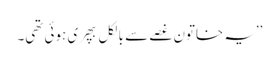
’’یہ خاتون غصے سے بالکل بپھری ہوئی تھی۔